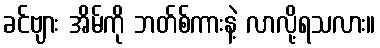
ခင်ဗျား အိမ်ကို ဘတ်စ်ကားနဲ့ လာလို့ရသလား။